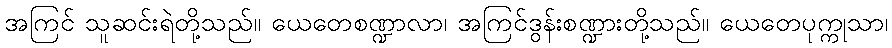
အကြင် သူဆင်းရဲတို့သည်။ ယေတေစဏ္ဍာလာ၊ အကြင်ဒွန်းစဏ္ဍားတို့သည်။ ယေတေပုက္ကုသာ၊